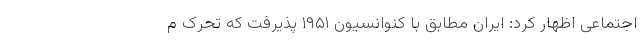
اجتماعی اظهار کرد: ایران مطابق با کنوانسیون ۱۹۵۱ پذیرفت که تحرک م